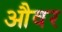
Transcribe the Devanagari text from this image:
औवर